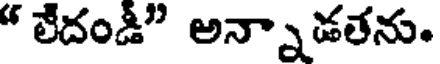
" లేదండీ" అన్నాడతను.